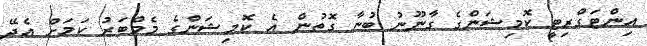
އިންޓަގްރިޓީ ކޮމިޝަންގެ ގާނޫނު ބުނާ ގޮތުން އެ ކޮމިޝަންގެ މެމްބަރު ކަމަށް އެދޭ